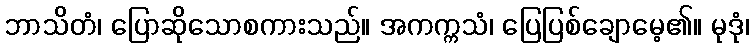
ဘာသိတံ၊ ပြောဆိုသောစကားသည်။ အကက္ကသံ၊ ပြေပြစ်ချောမေ့၏။ မုဒုံ၊